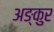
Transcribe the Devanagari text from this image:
अङ्कुर